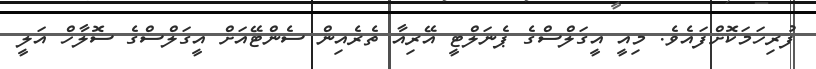
ފުރިހަމަކޮށްފައެވެ. މިއީ އީގަލްސްގެ ޕެނަލްޓީ އޭރިއާ ތެރެއިން ސެންޓޭއަށް އީގަލްސްގެ ސޮލާހް އަލީ